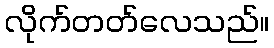
လိုက်တတ်လေသည်။